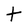
Character: t